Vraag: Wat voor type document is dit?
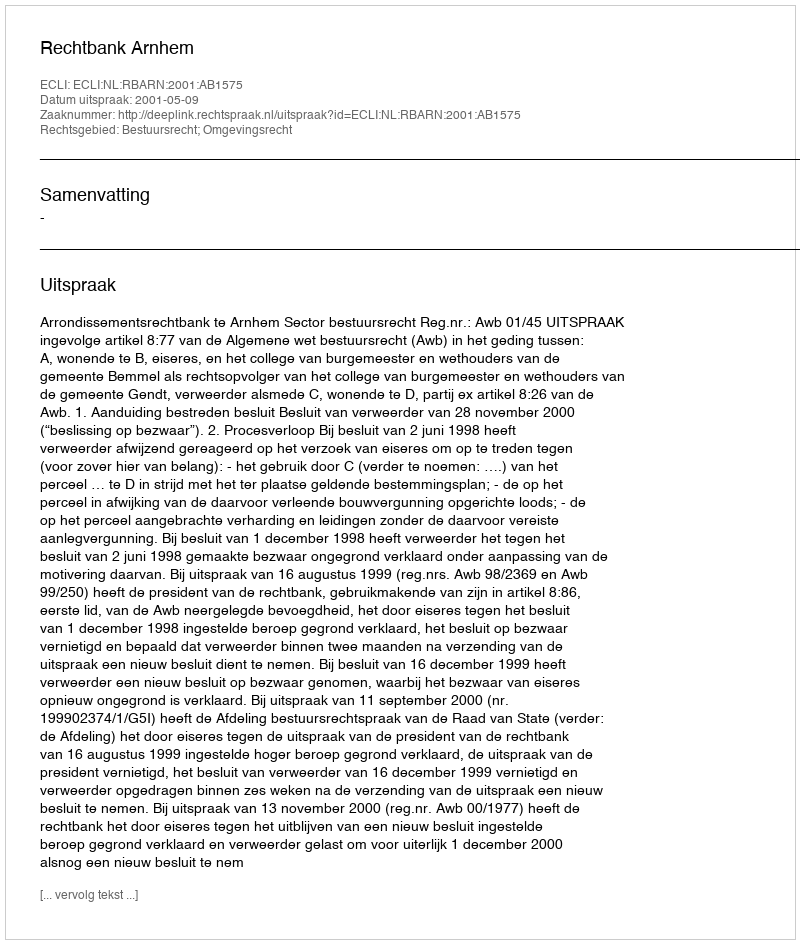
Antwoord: Uitspraak